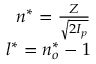
\begin{array} { r } { n ^ { * } = \frac { Z } { \sqrt { 2 I _ { p } } } } \\ { l ^ { * } = n _ { o } ^ { * } - 1 } \end{array}